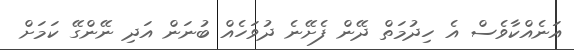
އަނެއްކާވެސް އެ ހިދުމަތް ދޭން ފެށޭނެ ދުވަހެއް ބުނަން އަދި ނޭންގޭ ކަމަށް